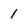
Character: 1